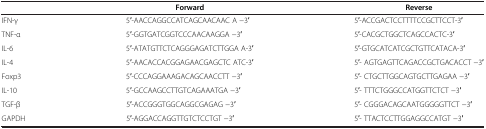
|  | Forward | Reverse |
 | --- | --- | --- |
 | IFN-γ | 5′-AACCAGGCCATCAGCAACAAC A -3′ | 5′-ACCGACTCCTTTTCCGCTTCCT-3′ |
 | TNF-α | 5′-GGTGATCGGTCCCAACAAGGA -3′ | 5′-CACGCTGGCTCAGCCACTC-3′ |
 | IL-6 | 5′-ATATGTTCTCAGGGAGATCTTGGA A-3′ | 5′-GTGCATCATCGCTGTTCATACA-3′ |
 | IL-4 | 5′-AACACCACGGAGAACGAGCTC ATC-3′ | 5′- AGTGAGTTCAGACCGCTGACACCT -3′ |
 | Foxp3 | 5′-CCCAGGAAAGACAGCAACCTT -3′ | 5′- CTGCTTGGCAGTGCTTGAGAA -3′ |
 | IL-10 | 5′-GCCAAGCCTTGTCAGAAATGA -3′ | 5′- TTTCTGGGCCATGGTTCTCT -3′ |
 | TGF-β | 5′-ACCGGGTGGCAGGCGAGAG -3′ | 5′- CGGGACAGCAATGGGGGTTCT -3′ |
 | GAPDH | 5′-AGGACCAGGTTGTCTCCTGT -3′ | 5′- TTACTCCTTGGAGGCCATGT -3′ |